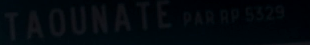
TAOUNATE PAR RP 532